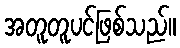
အတူတူပင်ဖြစ်သည်။